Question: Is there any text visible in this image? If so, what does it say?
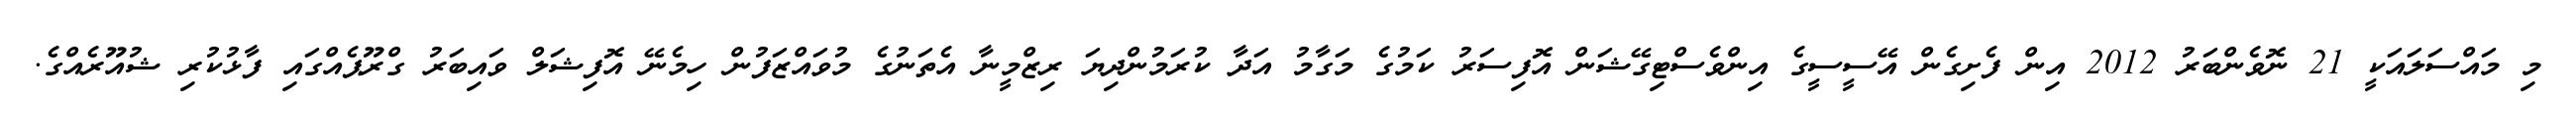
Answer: މި މައްސަލައަކީ 21 ނޮވެންބަރު 2012 އިން ފެށިގެން އޭސީސީގެ އިންވެސްޓިގޭޝަން އޮފިސަރު ކަމުގެ މަގާމު އަދާ ކުރަމުންދިޔަ ރިޒްމީނާ އެތަނުގެ މުވައްޒަފުން ހިމެނޭ އޮފިޝަލް ވައިބަރު ގްރޫޕެއްގައި ފާޅުކުރި ޝުއޫރެއްގެ.